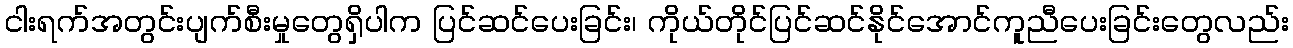
ငါးရက်အတွင်းပျက်စီးမှုတွေရှိပါက ပြင်ဆင်ပေးခြင်း၊ ကိုယ်တိုင်ပြင်ဆင်နိုင်အောင်ကူညီပေးခြင်းတွေလည်း